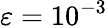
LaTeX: \varepsilon=10^{-3}